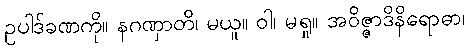
ဥပါဒ်ခဏကို။ နဂဏှာတိ၊ မယူ။ ဝါ၊ မရှု။ အဝိဇ္ဇာဒိနိရောဓာ၊